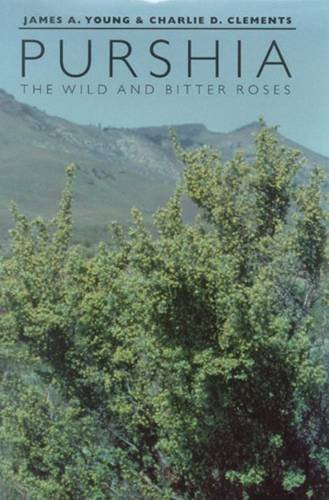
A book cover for Purshia: The Wild And Bitter Roses; James A. Young; Science & Math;